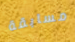
مسابقة